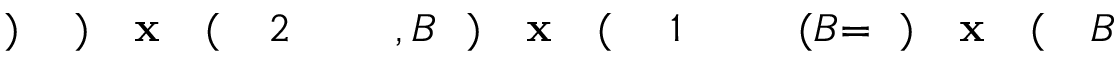
B \! \! \! \! \! \! \! \! \! \! \! \! ( \! \! \! \! \! \! \! \! \! \! \! \! \mathbf { x } \! \! \! \! \! \! \! \! \! \! \! \! ) \! \! \! \! \! \! \! \! \! \! \! \! = \! \! \! \! \! \! \! \! \! \! \! \! ( B \! \! \! \! \! \! \! \! \! \! \! \! _ { \! } \! \! \! \! \! \! \! \! \! \! \! 1 \! \! \! \! \! \! \! \! \! \! \! \! ( \! \! \! \! \! \! \! \! \! \! \! \! \mathbf { x } \! \! \! \! \! \! \! \! \! \! \! \! ) \! \! \! \! \! \! \! \! \! \! \! \! , B \! \! \! \! \! \! \! \! \! \! \! \! _ { \! } \! \! \! \! \! \! \! \! \! \! \! 2 \! \! \! \! \! \! \! \! \! \! \! \! ( \! \! \! \! \! \! \! \! \! \! \! \! \mathbf { x } \! \! \! \! \! \! \! \! \! \! \! \! ) \! \! \! \! \! \! \! \! \! \! \! \! ) \! \! \! \! \! \! \! \! \! \! \!